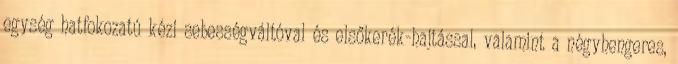
egység hatfokozatú kézi sebességváltóval és elsőkerék-hajtással, valamint a négyhengeres,